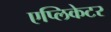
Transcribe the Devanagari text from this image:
एप्लिकेटर